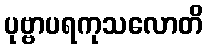
ပုဗ္ဗာပရကုသလောတိ